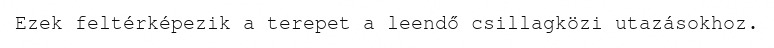
Ezek feltérképezik a terepet a leendő csillagközi utazásokhoz.